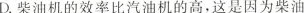
D.柴油机的效率比汽油机的高，这是因为柴油